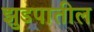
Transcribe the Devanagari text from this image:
झुडपातील